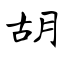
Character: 胡